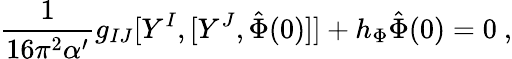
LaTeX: \frac{1}{16\pi^{2}\alpha^{\prime}}g_{IJ}[Y^{I},[Y^{J},\hat{\Phi}(0)]]+h_{\Phi}\hat{\Phi}(0)=0\ ,